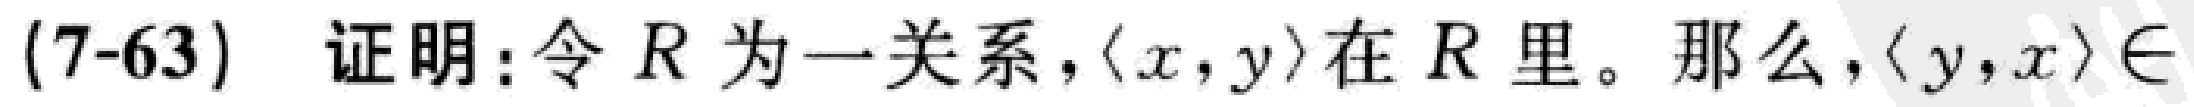
(7-63) 证明:令 \(R\) 为一关系，\(\langle x,y\rangle\) 在 \(R\) 里。那么，\(\langle y,x\rangle\in\)